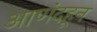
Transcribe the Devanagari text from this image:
आणंदहून